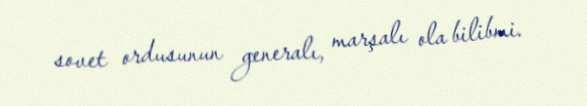
sovet ordusunun generalı, marşalı ola bilibmi.